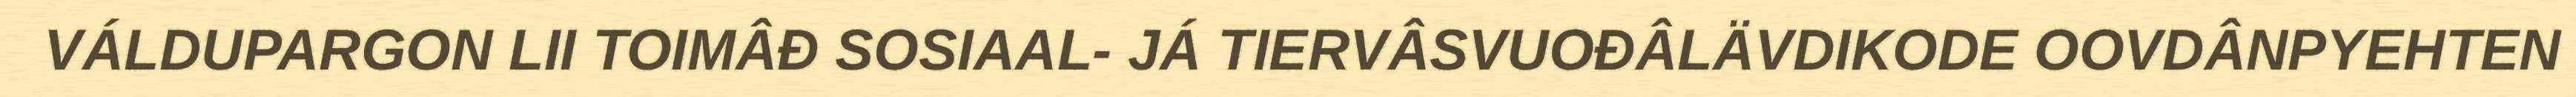
VÁLDUPARGON LII TOIMÂĐ SOSIAAL- JÁ TIERVÂSVUOĐÂLÄVDIKODE OOVDÂNPYEHTEN